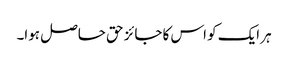
ہر ایک کو اس کا جائز حق حاصل ہوا۔